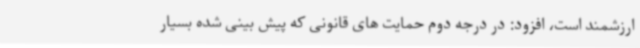
ارزشمند است، افزود: در درجه دوم حمایت های قانونی که پیش بینی شده بسیار